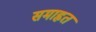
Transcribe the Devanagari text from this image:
समाहृत